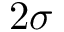
2 \sigma